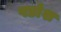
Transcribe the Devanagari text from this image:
पडोश